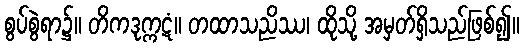
စွပ်စွဲရာ၌။ တိကဒုက္ကဋံ။ တထာသညိဿ၊ ထိုသို့ အမှတ်ရှိသည်ဖြစ်၍။